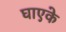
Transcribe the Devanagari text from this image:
घाएके